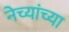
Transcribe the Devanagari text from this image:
नेच्यांच्या